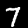
Digit: 7